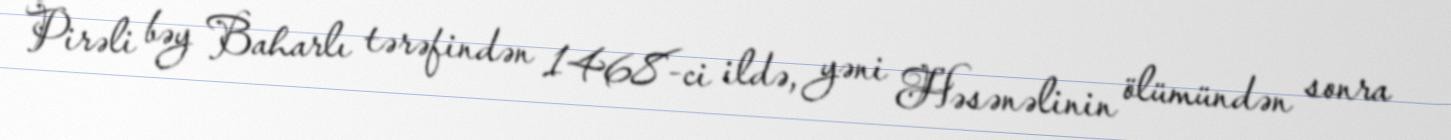
Pirəli bəy Baharlı tərəfindən 1468-ci ildə, yəni Həsənəlinin ölümündən sonra